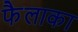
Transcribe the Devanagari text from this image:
फैलाका